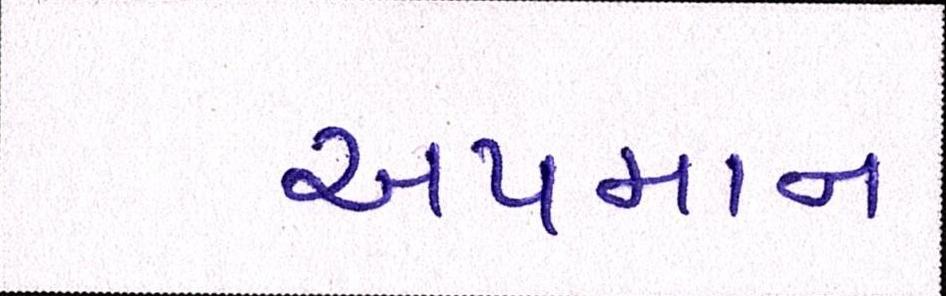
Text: અપમાન